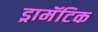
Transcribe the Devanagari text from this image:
ड्रामॅटिक